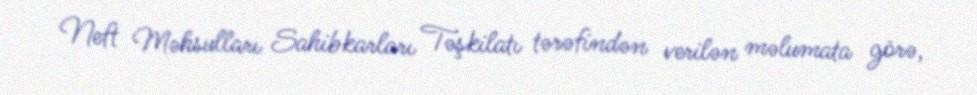
Neft Məhsulları Sahibkarları Təşkilatı tərəfindən verilən məlumata görə,